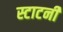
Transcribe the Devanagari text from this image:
स्टाटनी